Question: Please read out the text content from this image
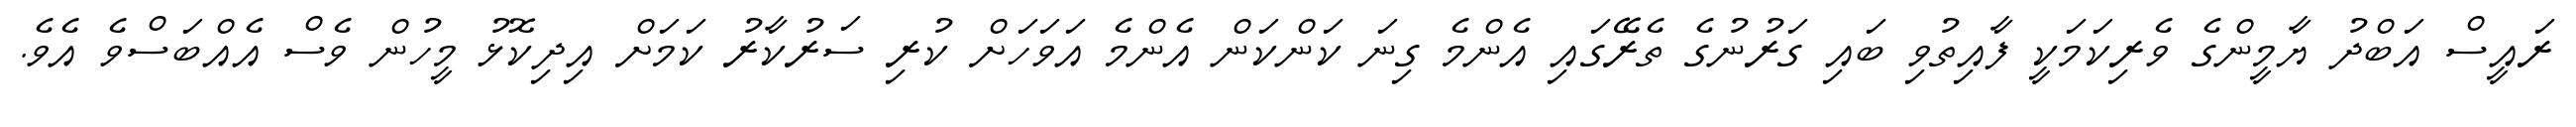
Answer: ރައީސް އަބްދު ޔާމީންގެ ވެރިކަމަކީ ފާއިތުވި ބައި ގަރުނުގެ ތެރޭގައި އެންމެ ގިނަ ކަންކަން އެންމެ އަވަހަށް ކުރި ސަރުކާރު ކަމަށް އިދިކޮޅު މީހުން ވެސް އެއްބަސްވެ އެވެ.